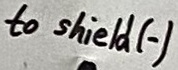
Text: to shield (-)